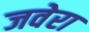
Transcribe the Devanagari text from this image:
जवेरा